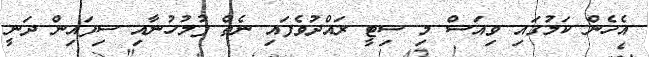
އެހެން ކަމުގައި ވިއަސް މި ސިޓީ ރައްދުވެފައި ނެތް ފުލުހުނާއި ސިފައިން ދަނީ